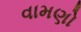
વામણો